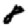
Digit: 8